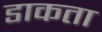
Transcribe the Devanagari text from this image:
डाकता